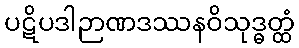
ပဋိပဒါဉာဏဒဿနဝိသုဒ္ဓတ္ထံ